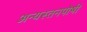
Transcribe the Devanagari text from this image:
अन्यस्तनपोषी